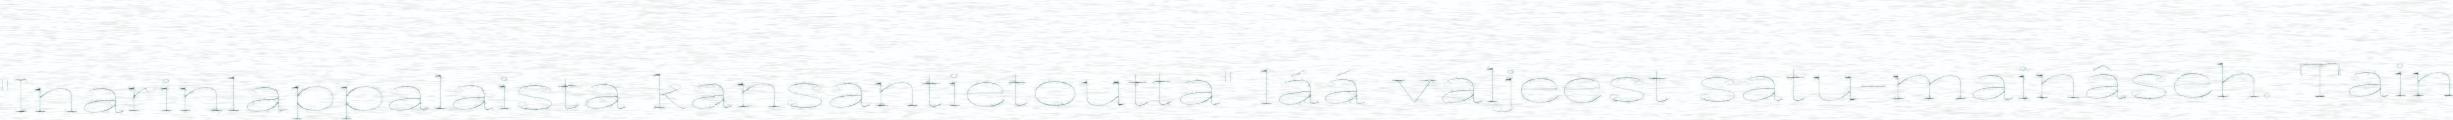
"Inarinlappalaista kansantietoutta" láá valjeest satu-mainâseh. Tain